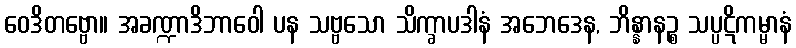
ဝေဒိတဗ္ဗော။ အခဏ္ဍာဒိဘာဝေါ ပန သဗ္ဗသော သိက္ခာပဒါနံ အဘေဒေန, ဘိန္နာနဉ္စ သပ္ပဋိကမ္မာနံ